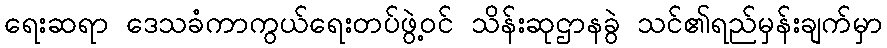
ရေးဆရာ ဒေသခံကာကွယ်ရေးတပ်ဖွဲ့ဝင် သိန်းဆုဌာနခွဲ သင်၏ရည်မှန်းချက်မှာ